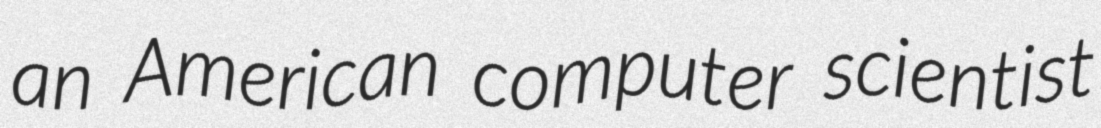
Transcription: an American computer scientist